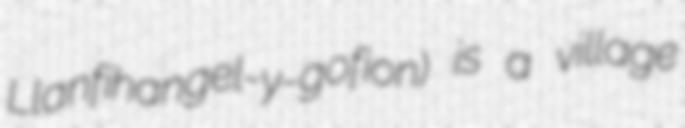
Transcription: Llanfihangel-y-gofion) is a village